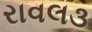
રાવલ૩